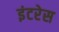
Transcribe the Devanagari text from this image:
इंटरेस